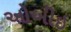
ઓબીઇ